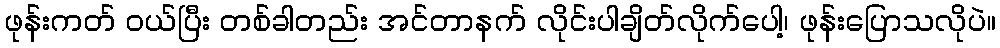
ဖုန်းကတ် ဝယ်ပြီး တစ်ခါတည်း အင်တာနက် လိုင်းပါချိတ်လိုက်ပေါ့၊ ဖုန်းပြောသလိုပဲ။